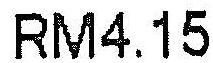
RM4.15